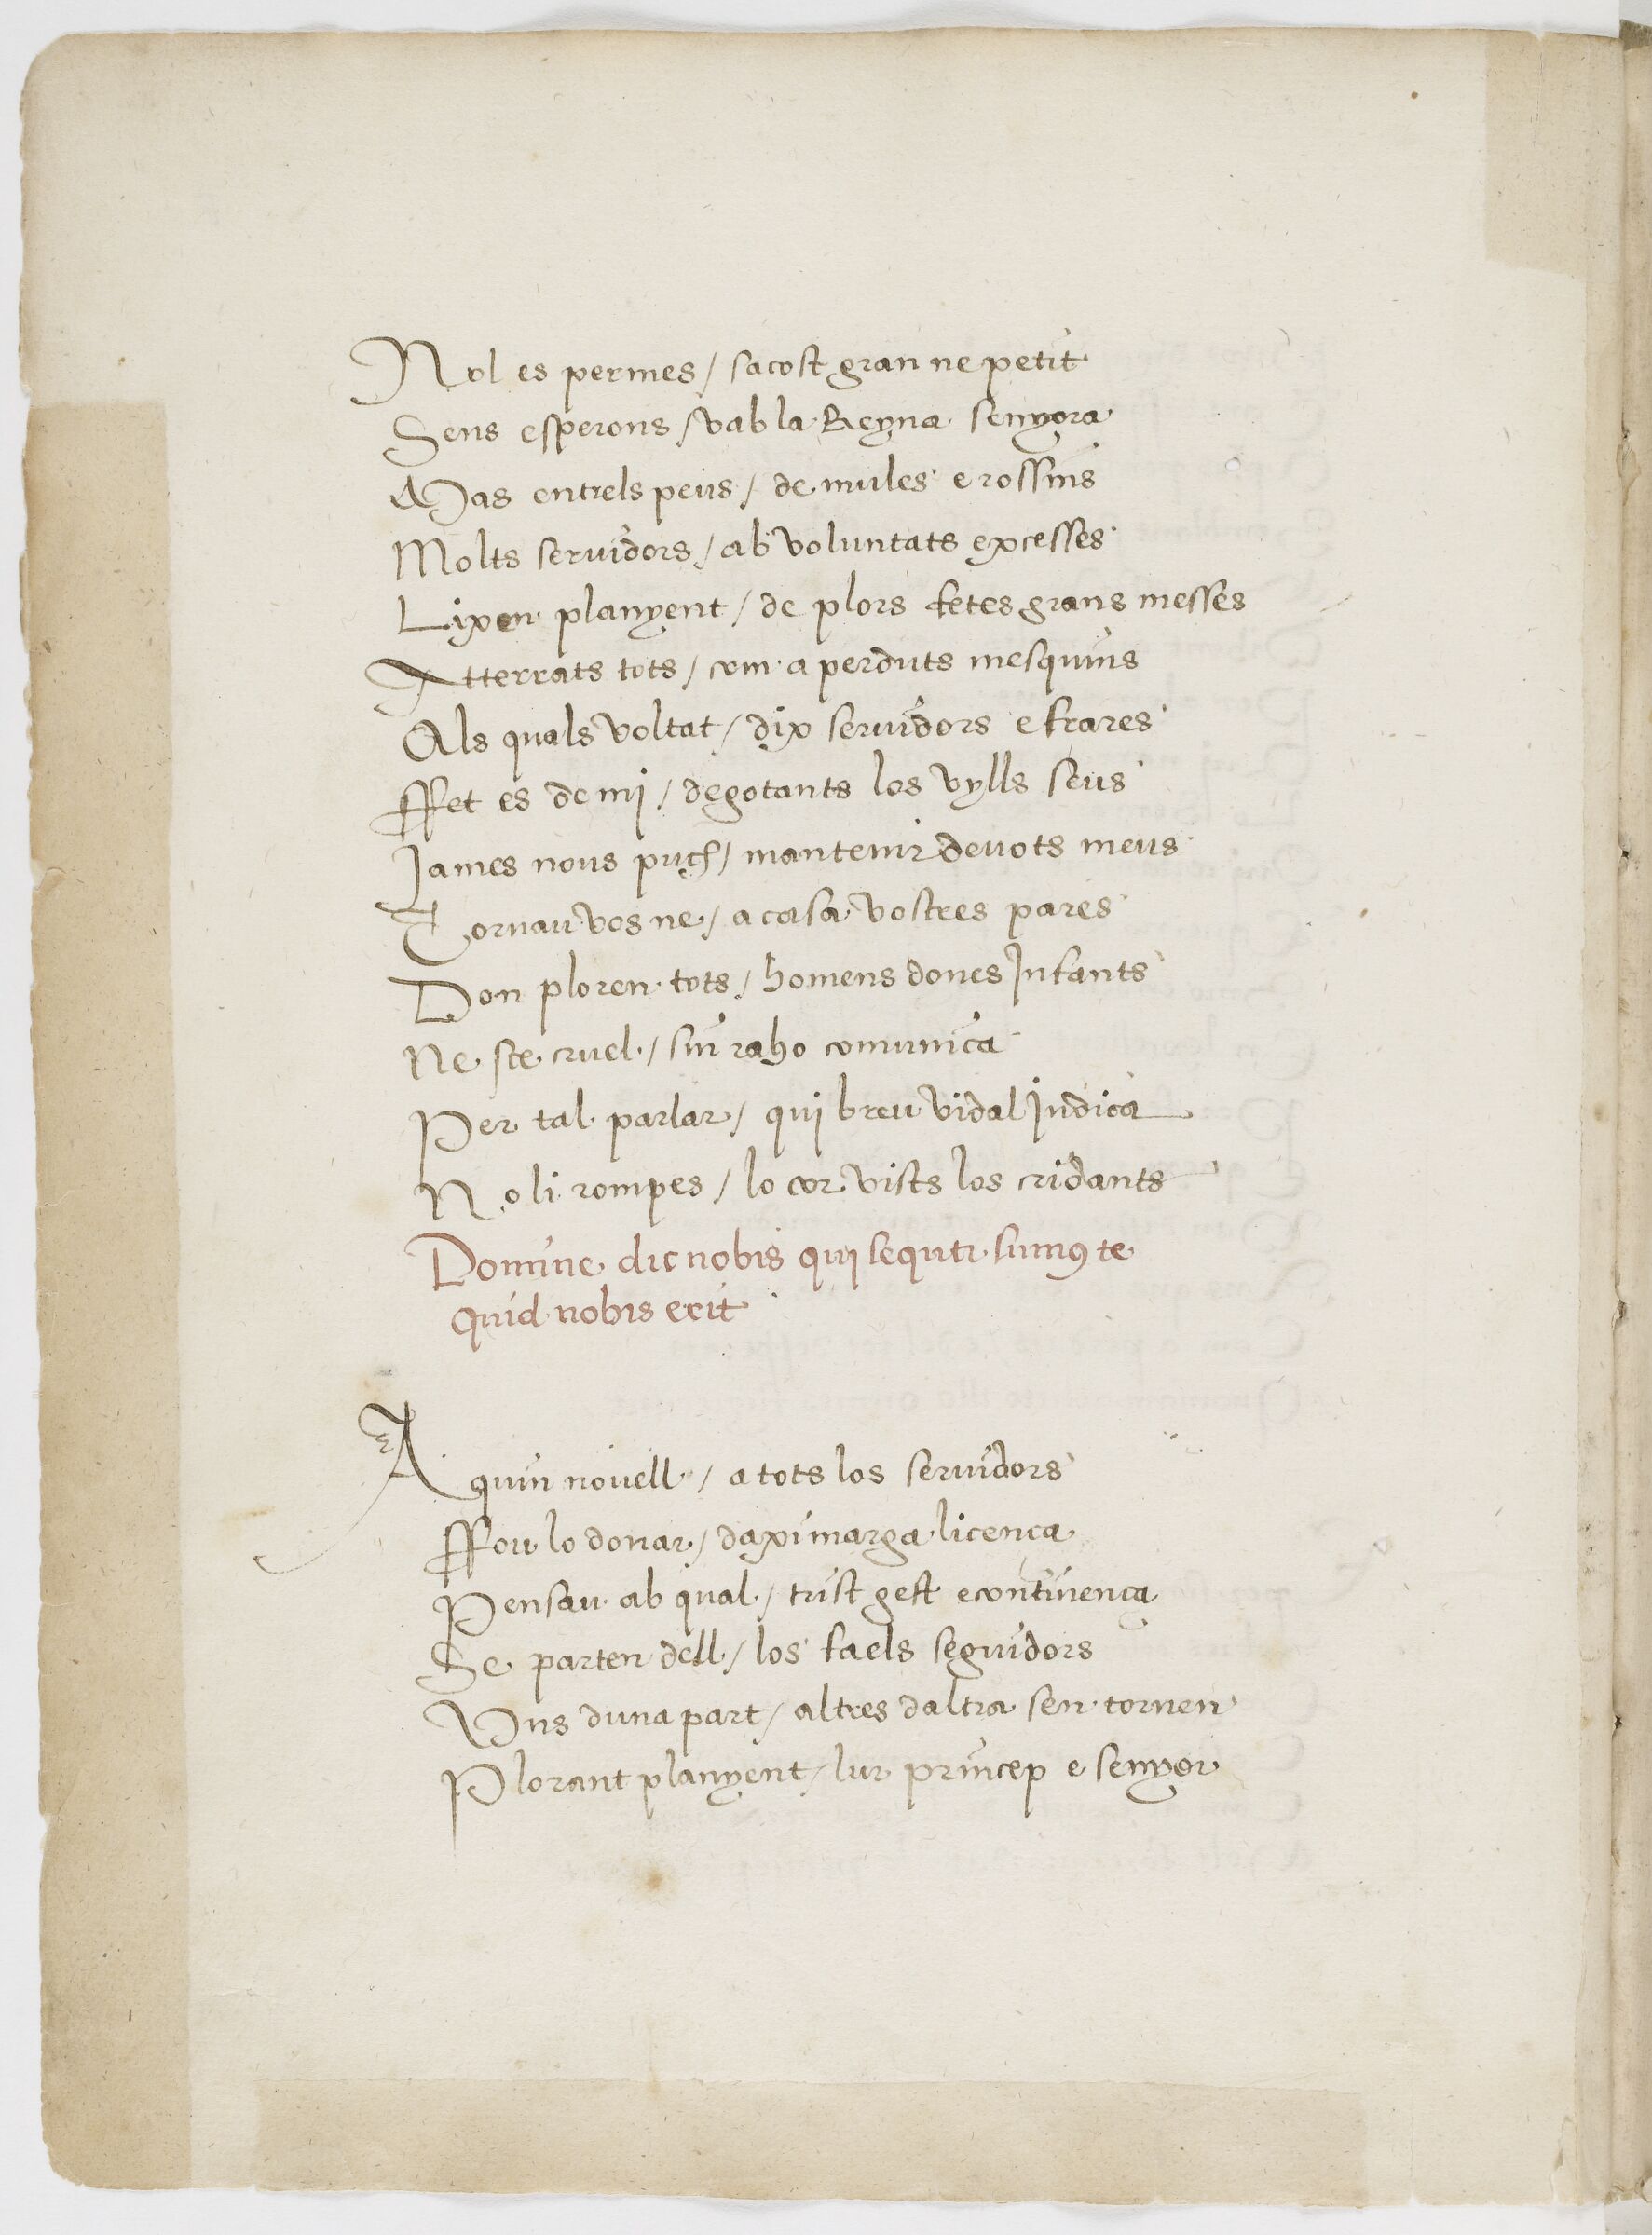
Shelfmark: Paris, BnF, esp. 225
Century: 16